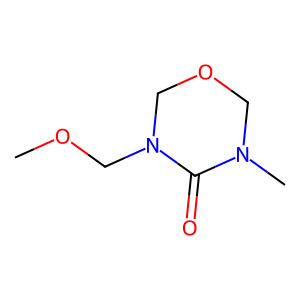
SMILES: COCN1COCN(C)C1=O
Inhibits HIV replication: No